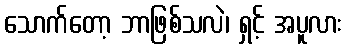
သောက်တော့ ဘာဖြစ်သလဲ၊ ရှင့် အပူလား